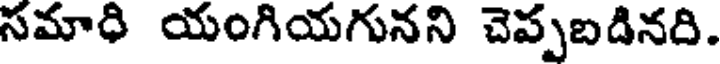
సమాధి యంగియగునని చెప్పబడినది.